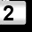
Digit: 2